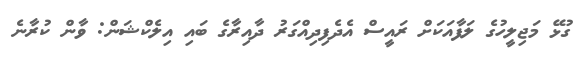
ގުޅޭ މަޖިލީހުގެ ލަފާއަކަށް ރައީސް އެދެފިދިއްގަރު ދާއިރާގެ ބައި އިލެކްޝަން: ވާން ކުރާނެ